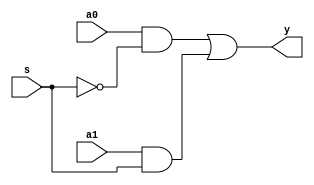
module mux2x1_dataflow1(y, s, a0, a1);
   input s, a0, a1;
   output y;

   assign y = a0 & ~s | a1 & s;

endmodule // mux2x1_dataflow1